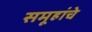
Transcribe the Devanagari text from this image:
समूहांचे